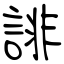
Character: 誹